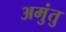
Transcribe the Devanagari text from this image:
अमुंतु